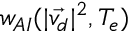
w _ { A I } ( | \vec { v _ { d } } | ^ { 2 } , T _ { e } )